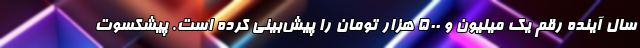
سال آینده رقم یک میلیون و ۵۰۰ هزار تومان را پیش‌بینی کرده است. پیشکسوت